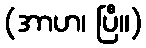
(အာဟ၊ ပြီ။)